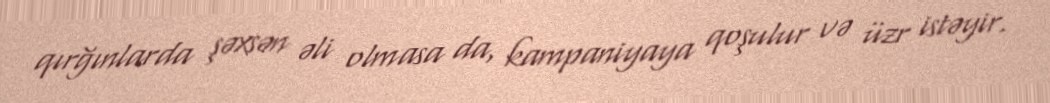
qırğınlarda şəxsən əli olmasa da, kampaniyaya qoşulur və üzr istəyir.